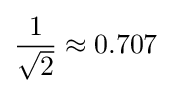
{1 \over {\sqrt {2}}}\approx 0.707